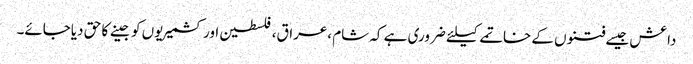
داعش جیسے فتنوں کے خاتمے کیلئے ضروری ہے کہ شام ،عراق،فلسطین اور کشمیریوں کو جینے کا حق دیاجائے۔